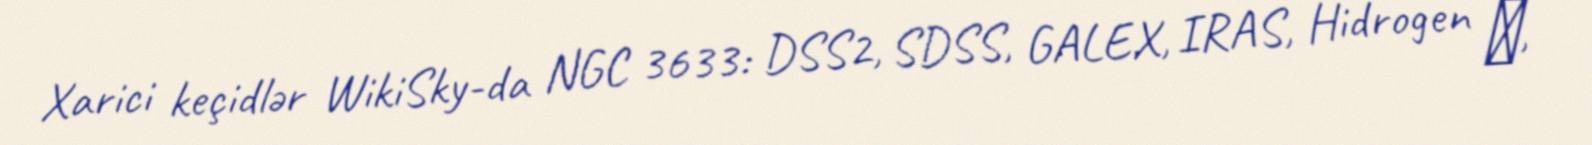
Xarici keçidlər WikiSky-da NGC 3633: DSS2, SDSS, GALEX, IRAS, Hidrogen α,